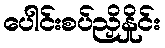
ပေါင်းစပ်ညှိနှိုင်း